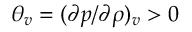
{ \theta _ { v } } = { ( \partial p / \partial \rho ) _ { v } } > 0